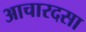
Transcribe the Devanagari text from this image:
आचारदसा